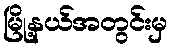
မြို့နယ်အတွင်းမှ